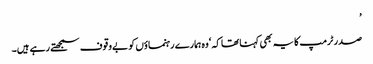
’
صدر ٹرمپ کا یہ بھی کہنا تھا کہ ‘وہ ہمارے رہنماؤں کو بےوقوف سمجھتے رہے ہیں۔